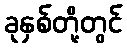
ခုနှစ်တို့တွင်